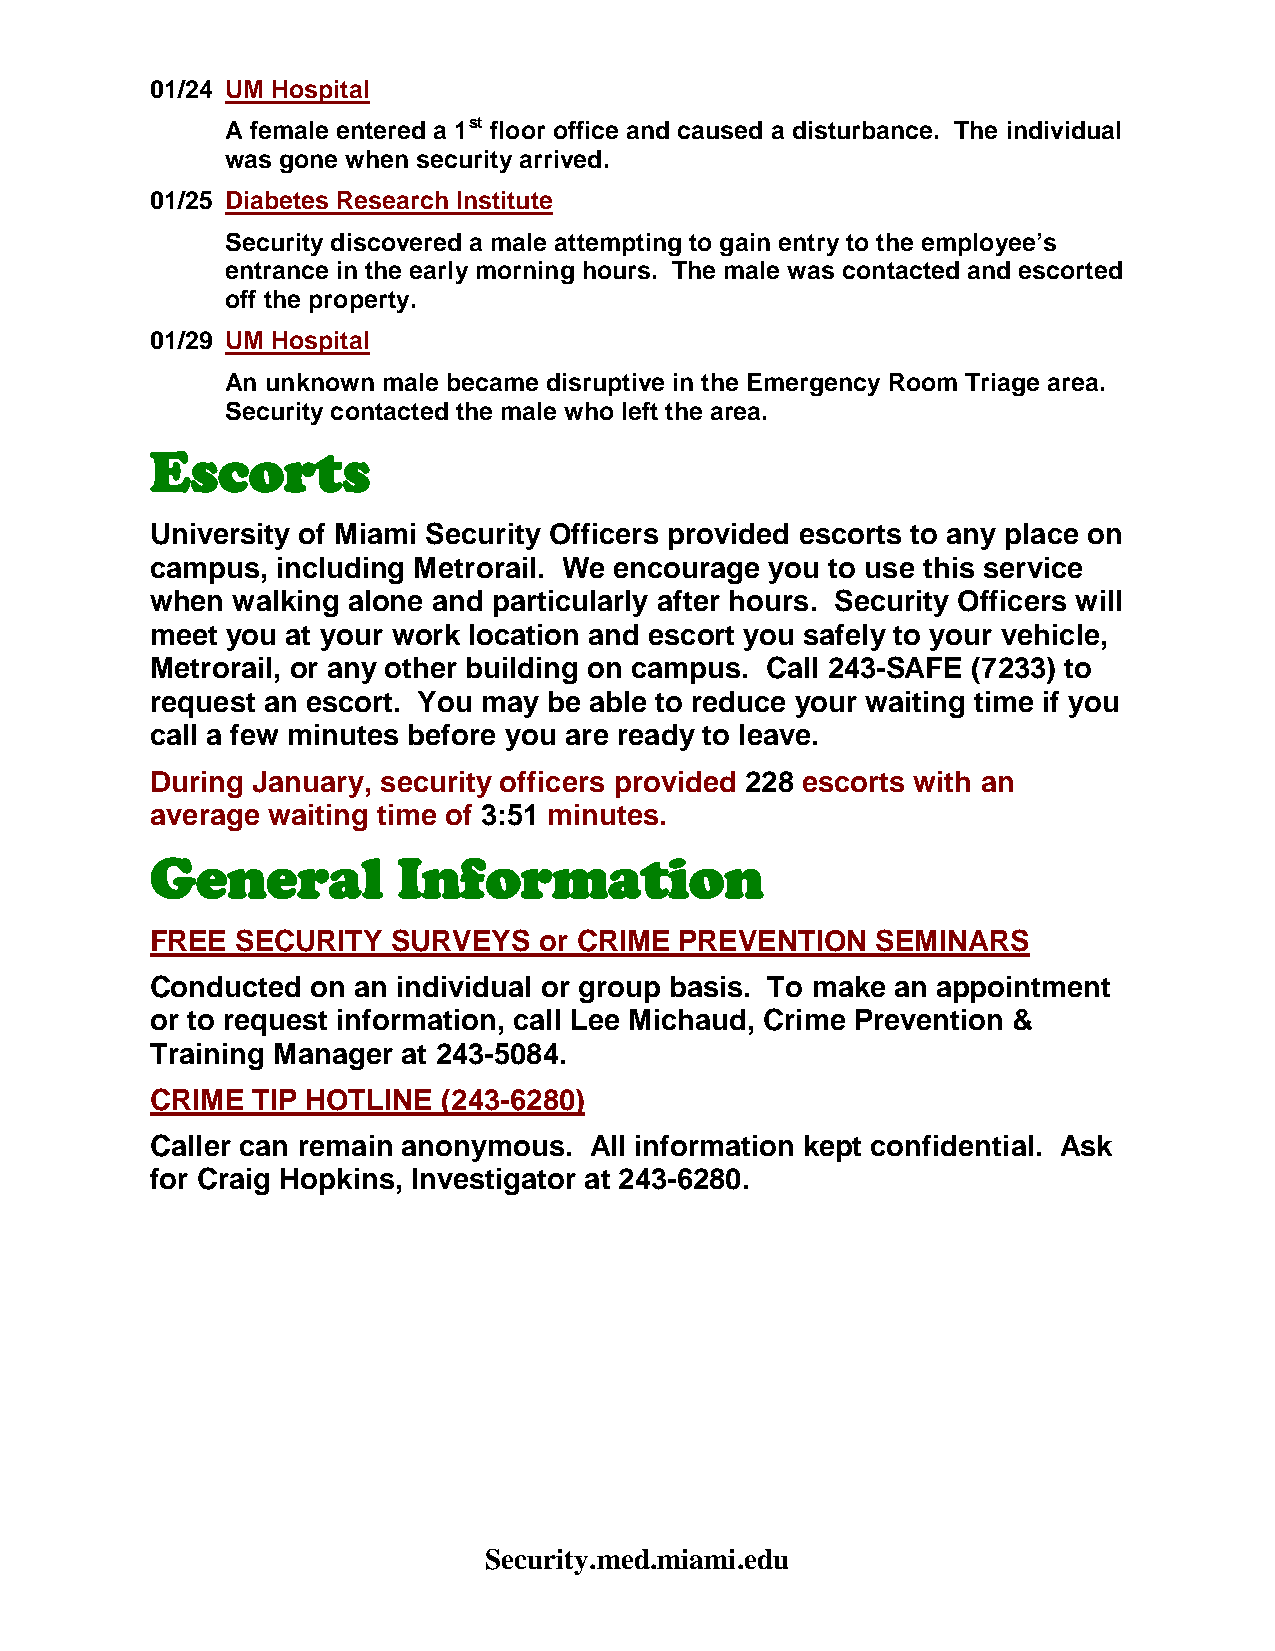
01/24 UM Hospital
 st
 A female entered a 1 floor office and caused a disturbance. The individual
 was gone when security arrived.
 01/25 Diabetes Research Institute
 Security discovered a male attempting to gain entry to the employee’s
 entrance in the early morning hours. The male was contacted and escorted
 off the property.
 01/29 UM Hospital
 An unknown male became disruptive in the Emergency Room Triage area.
 Security contacted the male who left the area.
 Escorts
 University of Miami Security Officers provided escorts to any place on
 campus, including Metrorail. We encourage you to use this service
 when walking alone and particularly after hours. Security Officers will
 meet you at your work location and escort you safely to your vehicle,
 Metrorail, or any other building on campus. Call 243-SAFE (7233) to
 request an escort. You may be able to reduce your waiting time if you
 call a few minutes before you are ready to leave.
 During January, security officers provided 228 escorts with an
 average waiting time of 3:51 minutes.
 General         Information
 FREE  SECURITY  SURVEYS   or CRIME PREVENTION   SEMINARS
 Conducted  on an individual or group basis. To make an appointment
 or to request information, call Lee Michaud, Crime Prevention &
 Training Manager at 243-5084.
 CRIME  TIP HOTLINE (243-6280)
 Caller can remain anonymous. All information kept confidential. Ask
 for Craig Hopkins, Investigator at 243-6280.
 Security.med.miami.edu